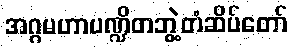
အဂ္ဂမဟာပဏ္ဍိတဘွဲ့တံဆိပ်တော်